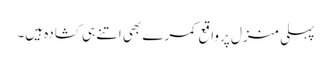
پہلی منزل پر واقع کمرے بھی اتنے ہی کشادہ ہیں۔